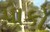
પાકો